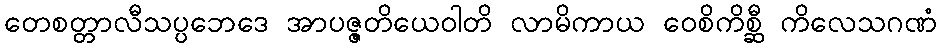
တေစတ္တာလီသပ္ပဘေဒေ အာပဇ္ဇတိယေဝါတိ လာမိကာယ ဝေစိကိစ္ဆီ ကိလေသဂဏံ